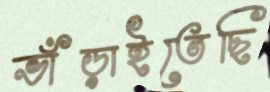
ভাঁড়াইতেছি